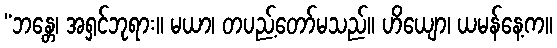
“ဘန္တေ၊ အရှင်ဘုရား။ မယာ၊ တပည့်တော်မသည်။ ဟိယျော၊ ယမန်နေ့က။